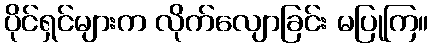
ပိုင်ရှင်များက လိုက်လျောခြင်း မပြုကြ။